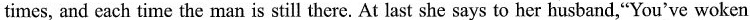
times, and each time the man is still there. At last she says to her husband,"You've woken